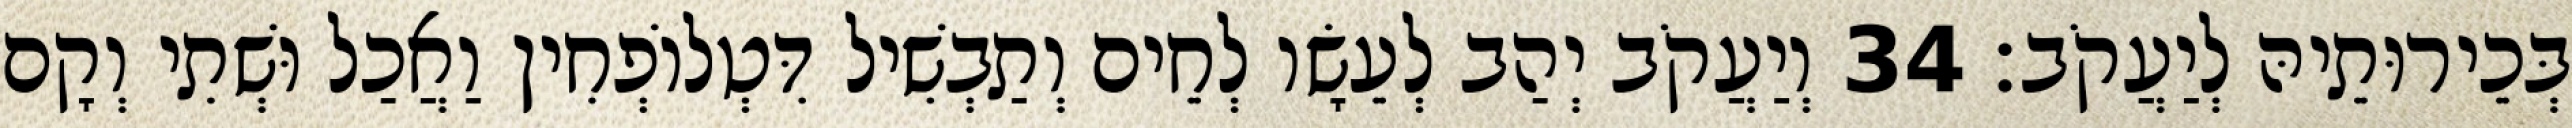
בְּכֵירוּתֵיהּ לְיַעֲקֹב׃ 34 וְיַעֲקֹב יְהַב לְעֵשָׂו לְחֵים וְתַבְשִׁיל דִּטְלוֹפְחִין וַאֲכַל וּשְׁתִי וְקָם